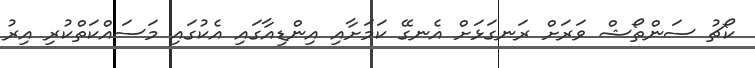
ކޯޗު ސަންތޯޝް ވަރަށް ރަނގަޅަށް އެނގޭ ކަމަށާއި އިންޑިއާގައި އެކުގައި މަސައްކަތްކުރި އިރު